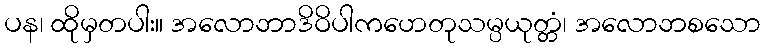
ပန၊ ထိုမှတပါး။ အလောဘာဒိဝိပါကဟေတုသမ္ပယုတ္တံ၊ အလောဘစသော